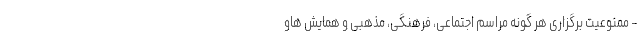
- ممنوعیت برگزاری هر گونه مراسم اجتماعی، فرهنگی، مذهبی و همایش هاو